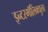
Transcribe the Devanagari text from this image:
इन्टरमॉलिक्युलर